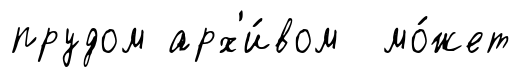
прудом арх'и́вом мо́жет